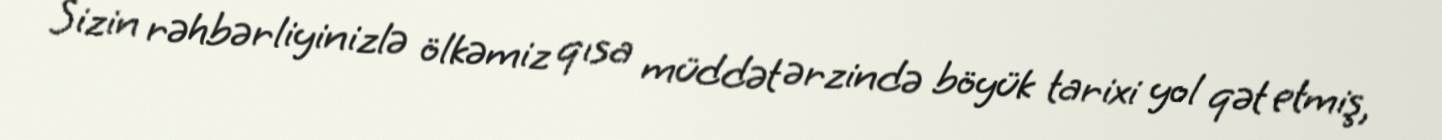
Sizin rəhbərliyinizlə ölkəmiz qısa müddət ərzində böyük tarixi yol qət etmiş,